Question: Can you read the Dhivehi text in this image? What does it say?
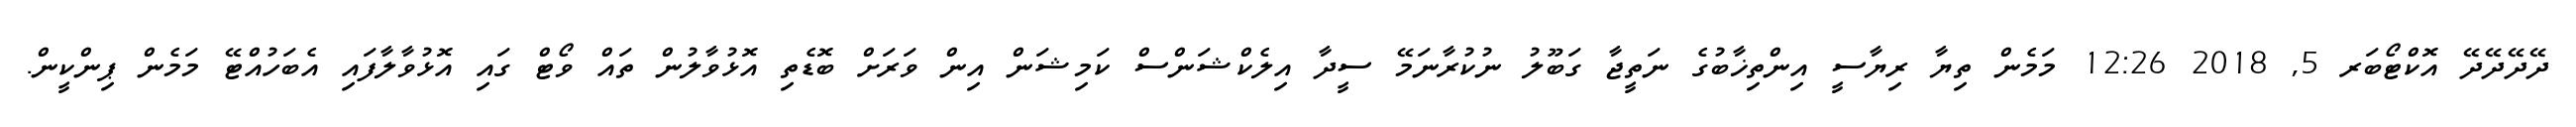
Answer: ދޭދޭދޭދޭ އޮކްޓޯބަރ 5, 2018 12:26 މަމެން ތިޔާ ރިޔާސީ އިންތިޚާބުގެ ނަތީޖާ ގަބޫލު ނުކުރާނަމޭ ސީދާ އިލެކްޝަންސް ކަމިޝަން އިން ވަރަށް ބޮޑެތި އޮޅުވާލުން ތައް ވޯޓް ގައި އޮޅުވާލާފައި އެބަހުއްޓޭ މަމެން ޕިންކީން.